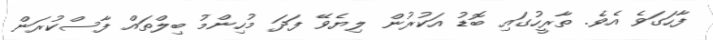
ފާހަގަވެ އެވެ. ތާރީހުގައި ބޮޑު އަކުރުން ލިޔެވޭ ފަދަ މުހިންމު ބިލްތައް ފާސްކުރަން